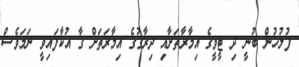
ފުލުހުން ބުނީ ދި ޓީވީގެ އިމާރާތަށާއި ދިރާގުގެ އިމާރަތަށް ގާ އުކާފައިވީ ނަމަވެސް